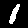
Digit: 1